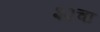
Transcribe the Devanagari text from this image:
३३चा